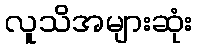
လူသိအများဆုံး